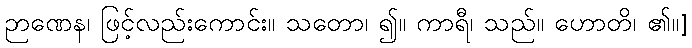
ဉာဏေန၊ ဖြင့်လည်းကောင်း။ သတော၊ ၍။ ကာရီ၊ သည်။ ဟောတိ၊ ၏။]